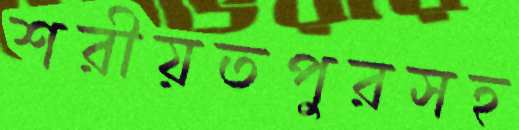
শরীয়তপুরসহ